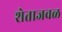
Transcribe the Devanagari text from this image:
शेताजवळ